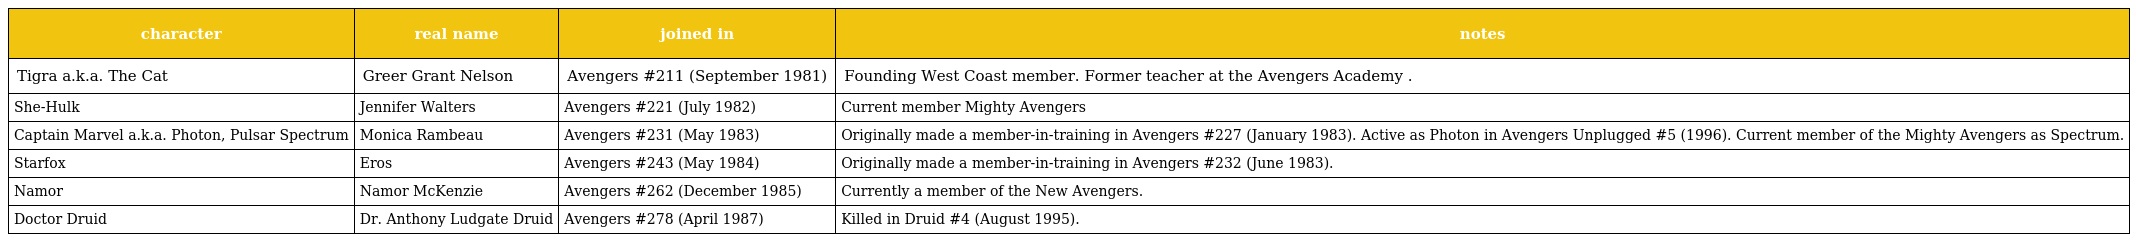
| character | real name | joined in | notes |
 | --- | --- | --- | --- |
 | Tigra a.k.a. The Cat | Greer Grant Nelson | Avengers #211 (September 1981) | Founding West Coast member. Former teacher at the Avengers Academy . |
 | She-Hulk | Jennifer Walters | Avengers #221 (July 1982) | Current member Mighty Avengers |
 | Captain Marvel a.k.a. Photon, Pulsar Spectrum | Monica Rambeau | Avengers #231 (May 1983) | Originally made a member-in-training in Avengers #227 (January 1983). Active as Photon in Avengers Unplugged #5 (1996). Current member of the Mighty Avengers as Spectrum. |
 | Starfox | Eros | Avengers #243 (May 1984) | Originally made a member-in-training in Avengers #232 (June 1983). |
 | Namor | Namor McKenzie | Avengers #262 (December 1985) | Currently a member of the New Avengers. |
 | Doctor Druid | Dr. Anthony Ludgate Druid | Avengers #278 (April 1987) | Killed in Druid #4 (August 1995). |